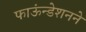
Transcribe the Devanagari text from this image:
फाऊंन्‍डेशनने